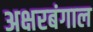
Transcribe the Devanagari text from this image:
अक्षरबंगाल